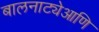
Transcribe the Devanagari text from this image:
बालनाट्येआणि